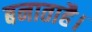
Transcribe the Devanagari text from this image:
बनाताहै।